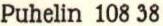
Puhelin 108 38